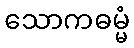
သောကဓမ္မံ